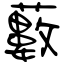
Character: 藪